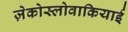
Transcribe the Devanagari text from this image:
ज़ेकोस्लोवाकियाई